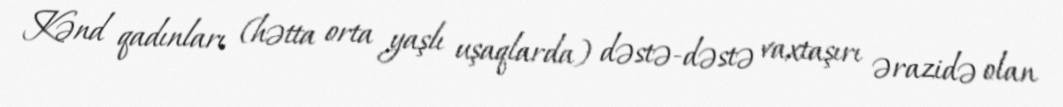
Kənd qadınları (hətta orta yaşlı uşaqlarda) dəstə-dəstə vaxtaşırı ərazidə olan